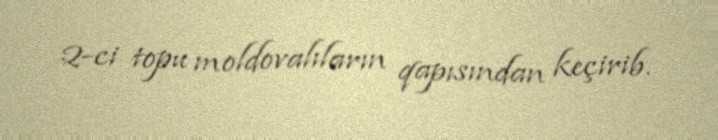
2-ci topu moldovalıların qapısından keçirib.